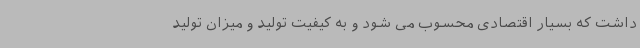
داشت که بسیار اقتصادی محسوب می شود و به کیفیت تولید و میزان تولید